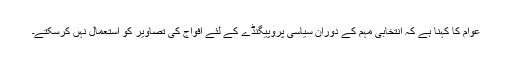
عوام کا کہنا ہے کہ انتخابی مہم کے دوران سیاسی پروپیگنڈے کے لئے افواج کی تصاویر کو استعمال نہں کرسکتے۔